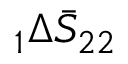
\phantom { } _ { 1 } \Delta \bar { S } _ { 2 2 }